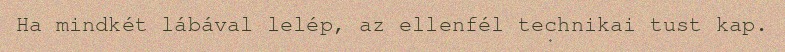
Ha mindkét lábával lelép, az ellenfél technikai tust kap.